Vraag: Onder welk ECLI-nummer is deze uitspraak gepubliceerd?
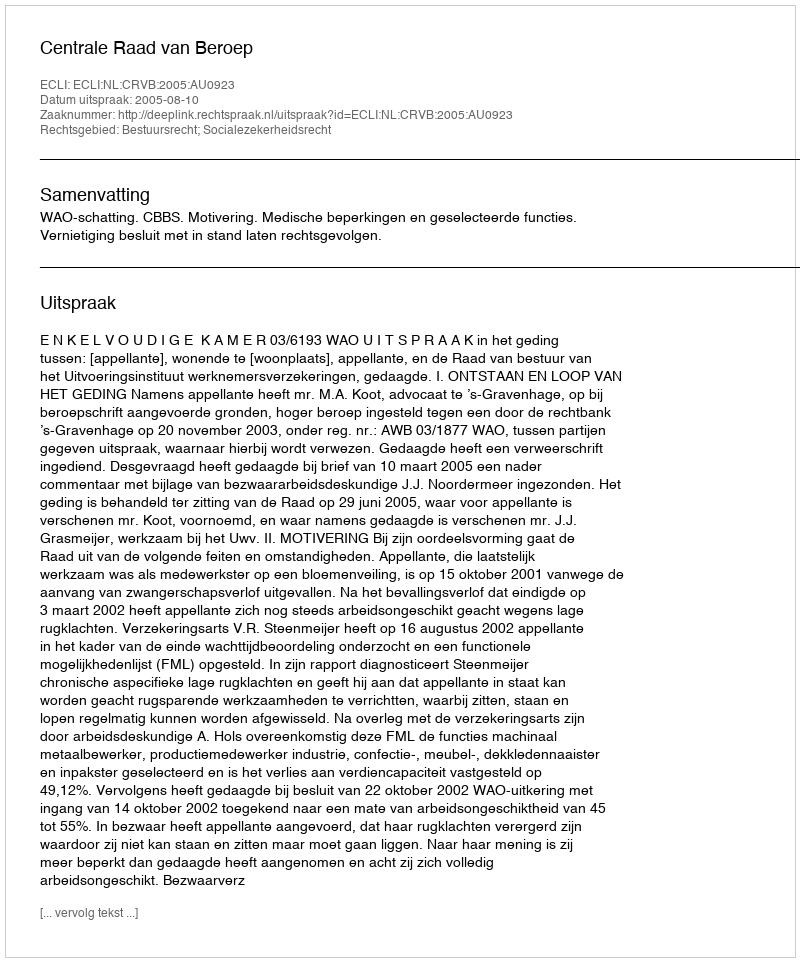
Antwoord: ECLI:NL:CRVB:2005:AU0923